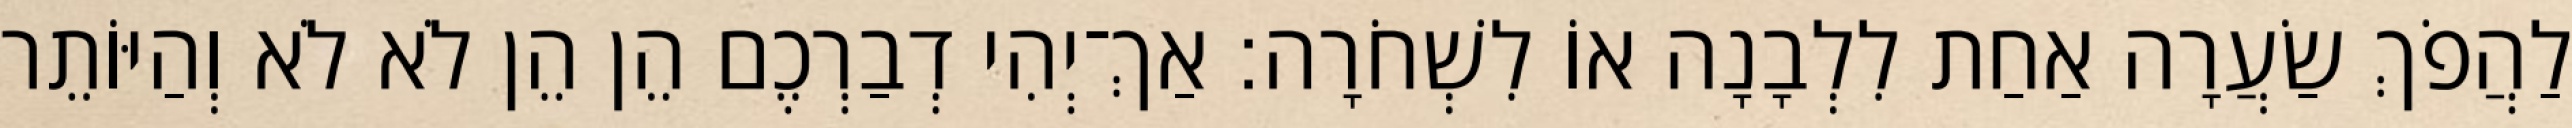
לַהֲפֹךְ שַׂעֲרָה אַחַת לִלְבָנָה אוֹ לִשְׁחֹרָה׃ אַךְ־יְהִי דְבַרְכֶם הֵן הֵן לֹא לֹא וְהַיּוֹתֵר